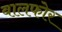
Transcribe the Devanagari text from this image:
बालफोर